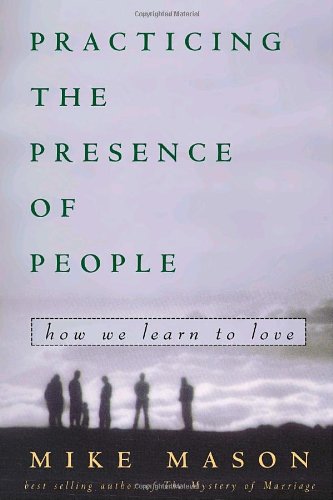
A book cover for Practicing the Presence of People: How We Learn to Love; Mike Mason; Self-Help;